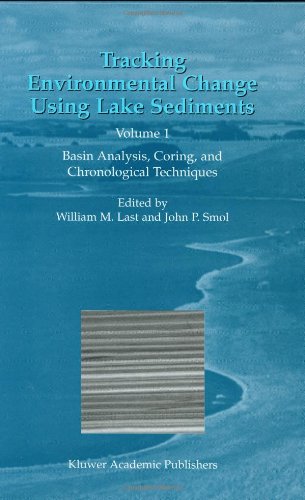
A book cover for Tracking Environmental Change Using Lake Sediments: Volume 1: Basin Analysis, Coring, and Chronological Techniques (Developments in Paleoenvironmental Research); Engineering & Transportation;